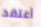
أعتقد